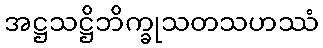
အဋ္ဌသဋ္ဌိဘိက္ခုသတသဟဿံ